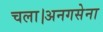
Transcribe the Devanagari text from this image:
चला।अनगसेना